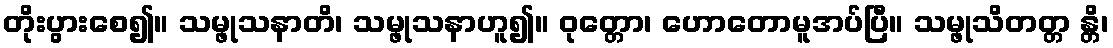
တိုးပွားစေ၍။ သမ္ဖုသနာတိ၊ သမ္ဖုသနာဟူ၍။ ဝုတ္တော၊ ဟောတောမူအပ်ပြီ။ သမ္ဖုသိတတ္တ န္တိ၊